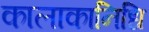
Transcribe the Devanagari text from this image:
कालाकानिधि